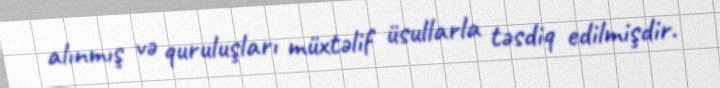
alınmış və quruluşları müxtəlif üsullarla təsdiq edilmişdir.